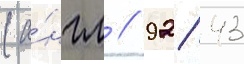
(а́нгл // 92/ 43